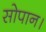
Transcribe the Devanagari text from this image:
सोपान।